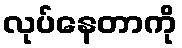
လုပ်နေတာကို